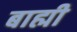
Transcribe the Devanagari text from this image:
बाह्मी